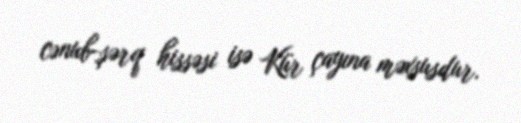
cənub-şərq hissəsi isə Kür çayına məxsusdur.